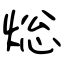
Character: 焧